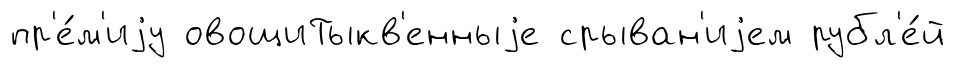
пр'е́м'иjу овощиТыкв'енныjе срыван'иjем рубл'е́й